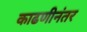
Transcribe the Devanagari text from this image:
काढणीनंतर